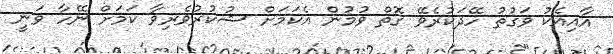
އާއިއެކު ވަގުތު ހޭދަކުރެވޭ ގޮތް ވުމުން އެކަމަށް ޝުކުރުވެރިވާ ކަމަށް ނޭހާ ވަނީ